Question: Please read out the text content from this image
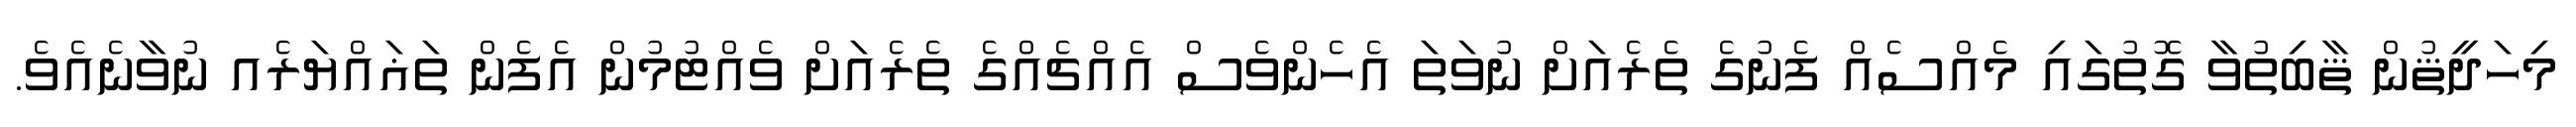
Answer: މިހަދީޘުން ޘާބިތުވާ ގޮތުގައި މެއްސެއް ފެނުގެ ތެރެއަށް ނުވަތަ އެހެންވެސް އެއްޗެއްގެ ތެރެއަށް ވެއްޓުމުން އެފެން ތަޣައްޔަރެއ ނުވާނެއެވެ.